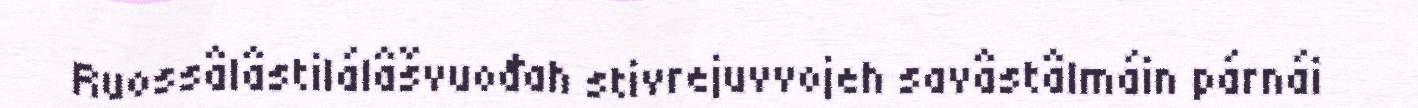
Ruossâlâstilálâšvuođah stivrejuvvojeh savâstâlmáin párnái